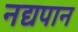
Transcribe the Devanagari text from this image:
नद्यपान